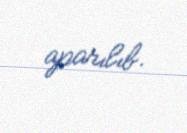
aparılıb.